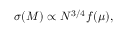
\begin{array} { r } { \sigma ( M ) \propto N ^ { 3 / 4 } f ( \mu ) , } \end{array}